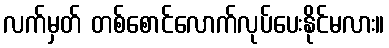
လက်မှတ် တစ်စောင်လောက်လုပ်ပေးနိုင်မလား။